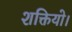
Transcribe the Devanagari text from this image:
शक्तियो।